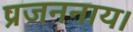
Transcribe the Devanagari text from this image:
प्रजननाय।